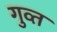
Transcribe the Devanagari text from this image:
गुव्त